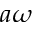
a \omega